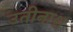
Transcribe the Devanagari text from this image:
उतीनाश